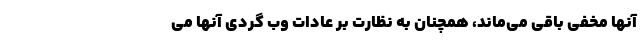
آنها مخفی باقی می‌ماند، همچنان به نظارت بر عادات وب گردی آنها می‌